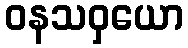
ဝနသဝှယော